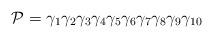
LaTeX: \begin{align*}{\cal P} = {\gamma}_{1}{\gamma}_{2}{\gamma}_{3}{\gamma}_{4}{\gamma}_{5}{\gamma}_{6}{\gamma}_{7}{\gamma}_{8}{\gamma}_{9}{\gamma}_{10}\end{align*}